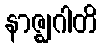
နာဇ္ဈဂါတိ